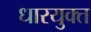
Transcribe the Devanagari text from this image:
धारयुक्त